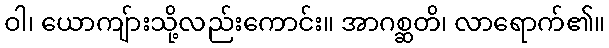
ဝါ၊ ယောကျ်ားသို့လည်းကောင်း။ အာဂစ္ဆတိ၊ လာရောက်၏။